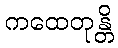
ကထေတုန္တိ